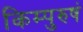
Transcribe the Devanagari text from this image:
किम्पुरुषं